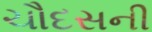
ચૌદસની